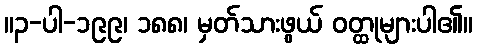
။၃-ပါ-၁၉၉၊ ၁၈၈၊ မှတ်သားဖွယ် ဝတ္ထုများပါ၏။